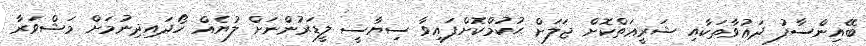
ބޭއިންސާފު ދަޢުވާތަކާއި ޝަރީޢަތްކޮށް ޖަލަށް ޙުކުމްކޮށްފައިވާ ސިޔާސީ ލީޑަރުންނަށް ލުޔެއް ހޯދައިދިނުމަށް މަޝްވަރާ